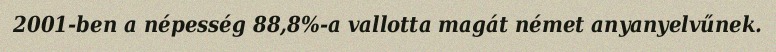
2001-ben a népesség 88,8%-a vallotta magát német anyanyelvűnek.